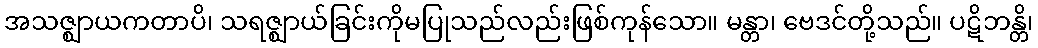
အသဇ္ဈာယကတာပိ၊ သရဇ္ဈာယ်ခြင်းကိုမပြုသည်လည်းဖြစ်ကုန်သော။ မန္တာ၊ ဗေဒင်တို့သည်။ ပဋိဘန္တိ၊